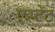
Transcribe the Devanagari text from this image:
एस्टेंट